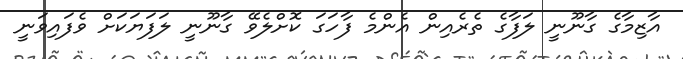
އާޒިމާގެ ގާނޫނީ ލަފާގެ ތެރެއިން އެންމެ ފާހަގަ ކޮށްލެވޭ ގާނޫނީ ލަފަޔަކަށް ވެފައިވަނީ